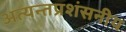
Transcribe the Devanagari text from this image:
अत्यन्तप्रशंसनीय